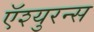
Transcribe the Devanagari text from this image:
ऍश्युरन्स